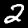
Label: 2